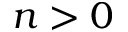
n > 0